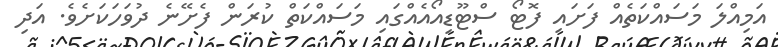
އަމިއްލަ މަސައްކަތެއް ފަށައި ފޮޓޯ ސްޓޫޑިއޯއެއްގައި މަސައްކަތް ކުރަން ފެށޭނެ ދުވަހަކަށެވެ. އަދި